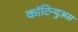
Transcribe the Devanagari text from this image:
कांटिन्युअस